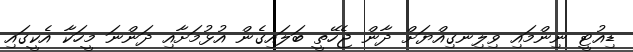
ޑިއުޓީ ނިންމައި ވިލިނގިއްޔަށް ދާން ޖެހޭތީ ބަލައިގެން އުޅުމަށާއި ދަންނަ މީހަކާ އެކީގައި